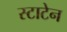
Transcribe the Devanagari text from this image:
स्टाटेन